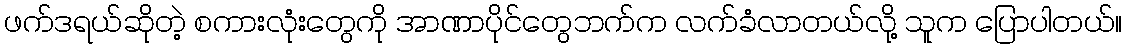
ဖက်ဒရယ်ဆိုတဲ့ စကားလုံးတွေကို အာဏာပိုင်တွေဘက်က လက်ခံလာတယ်လို့ သူက ပြောပါတယ်။